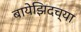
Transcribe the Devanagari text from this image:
बायेझिदच्या